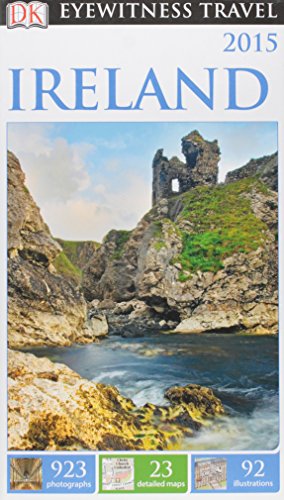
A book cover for DK Eyewitness Travel Guide: Ireland; DK Publishing; Travel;